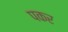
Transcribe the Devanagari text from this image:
पकर